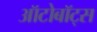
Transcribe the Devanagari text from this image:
ऑटोबॉट्स